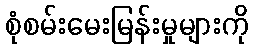
စုံစမ်းမေးမြန်းမှုများကို